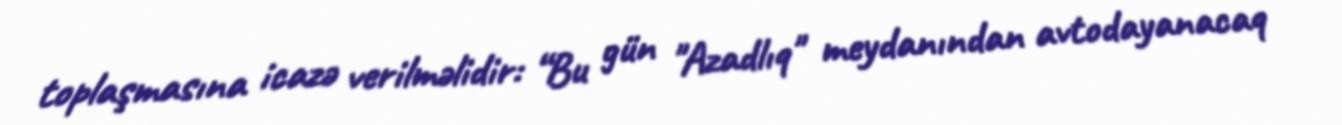
toplaşmasına icazə verilməlidir: “Bu gün "Azadlıq" meydanından avtodayanacaq